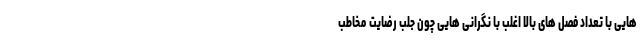
هایی با تعداد فصل های بالا اغلب با نگرانی هایی چون جلب رضایت مخاطب